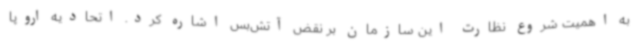
به اهمیت شروع نظارت این سازمان بر نقض آتش‌بس اشاره کرد. اتحادیه اروپا